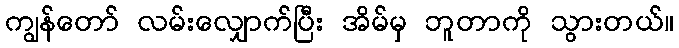
ကျွန်တော် လမ်းလျှောက်ပြီး အိမ်မှ ဘူတာကို သွားတယ်။